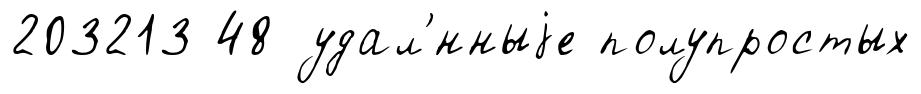
203213 48 удал'́нныjе полупростых